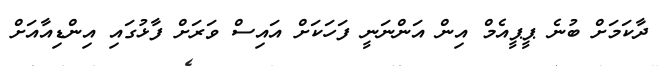
ދާކަމަށް ބުނެ ޕީޕީއެމް އިން އަންނަނީ ފަހަކަށް އައިސް ވަރަށް ފާޅުގައި އިންޑިއާއަށް